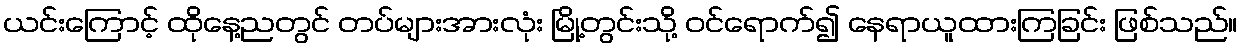
ယင်းကြောင့် ထိုနေ့ညတွင် တပ်များအားလုံး မြို့တွင်းသို့ ဝင်ရောက်၍ နေရာယူထားကြခြင်း ဖြစ်သည်။